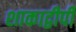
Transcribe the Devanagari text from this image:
शाकाद्वीपी